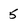
Character: 5